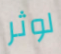
لوثر